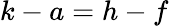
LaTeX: k-a=h-f